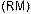
(RM)